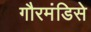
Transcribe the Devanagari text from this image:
गौरमंडिसे